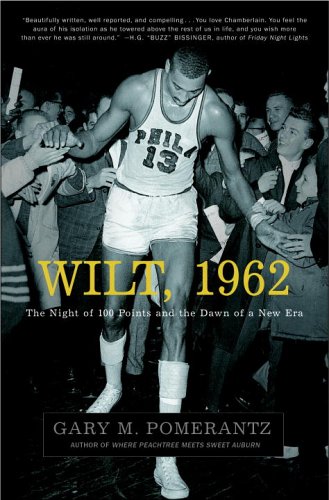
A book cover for Wilt, 1962: The Night of 100 Points and the Dawn of a New Era; Gary M. Pomerantz; Sports & Outdoors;